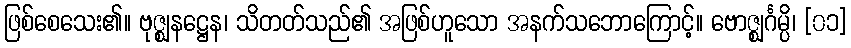
ဖြစ်စေသေး၏။ ဗုဇ္ဈနဋ္ဌေန၊ သိတတ်သည်၏ အဖြစ်ဟူသော အနက်သဘောကြောင့်။ ဗောဇ္ဈင်္ဂမ္ပိ၊ [၀၁]